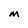
Character: M